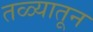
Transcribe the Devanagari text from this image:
तळ्यातून